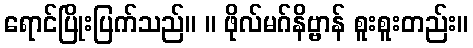
ရောင်ပြိုးပြက်သည်။ ။ ဖိုလ်မဂ်နိဗ္ဗာန် စူးစူးတည်း။